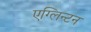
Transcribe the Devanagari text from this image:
एग्लिन्टन